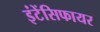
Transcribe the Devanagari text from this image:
इंटेंसिफायर